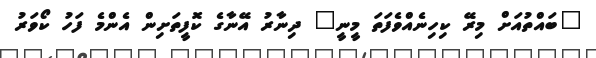
"ބައްތުއަށް މިރޭ ކިހިނެއްވެފަތަ މީނީ" ދިނާރު އޭނާގެ ކޮފީތަށިން އެންމެ ފަހު ކޯވަރު